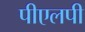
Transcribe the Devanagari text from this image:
पीएलपी